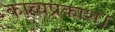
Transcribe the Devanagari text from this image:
काव्यप्रकाश।